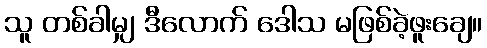
သူ တစ်ခါမျှ ဒီလောက် ဒေါသ မဖြစ်ခဲ့ဖူးချေ။